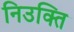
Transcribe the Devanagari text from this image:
निउक्ति